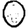
Digit: 0